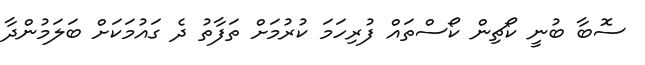
ސޮބާ ބުނީ ކޯޗިން ކޯސްތައް ފުރިހަމަ ކުރުމަށް ތަފާތު ދެ ގައުމަކަށް ބަލަމުންދާ